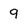
Character: 9